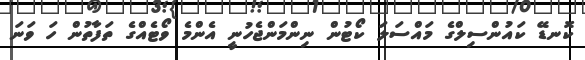
ކޮނޑޭ ކައުންސިލްގެ މައްސަލަ ކޯޓުން ނިންމަންޖެހުނީ އެންމެ ވޯޓެއްގެ ތަފާތުން ހަ ވަނަ